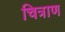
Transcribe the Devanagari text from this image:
चित्राण